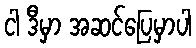
ငါ ဒီမှာ အဆင်ပြေမှာပါ